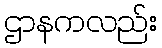
ဌာနကလည်း